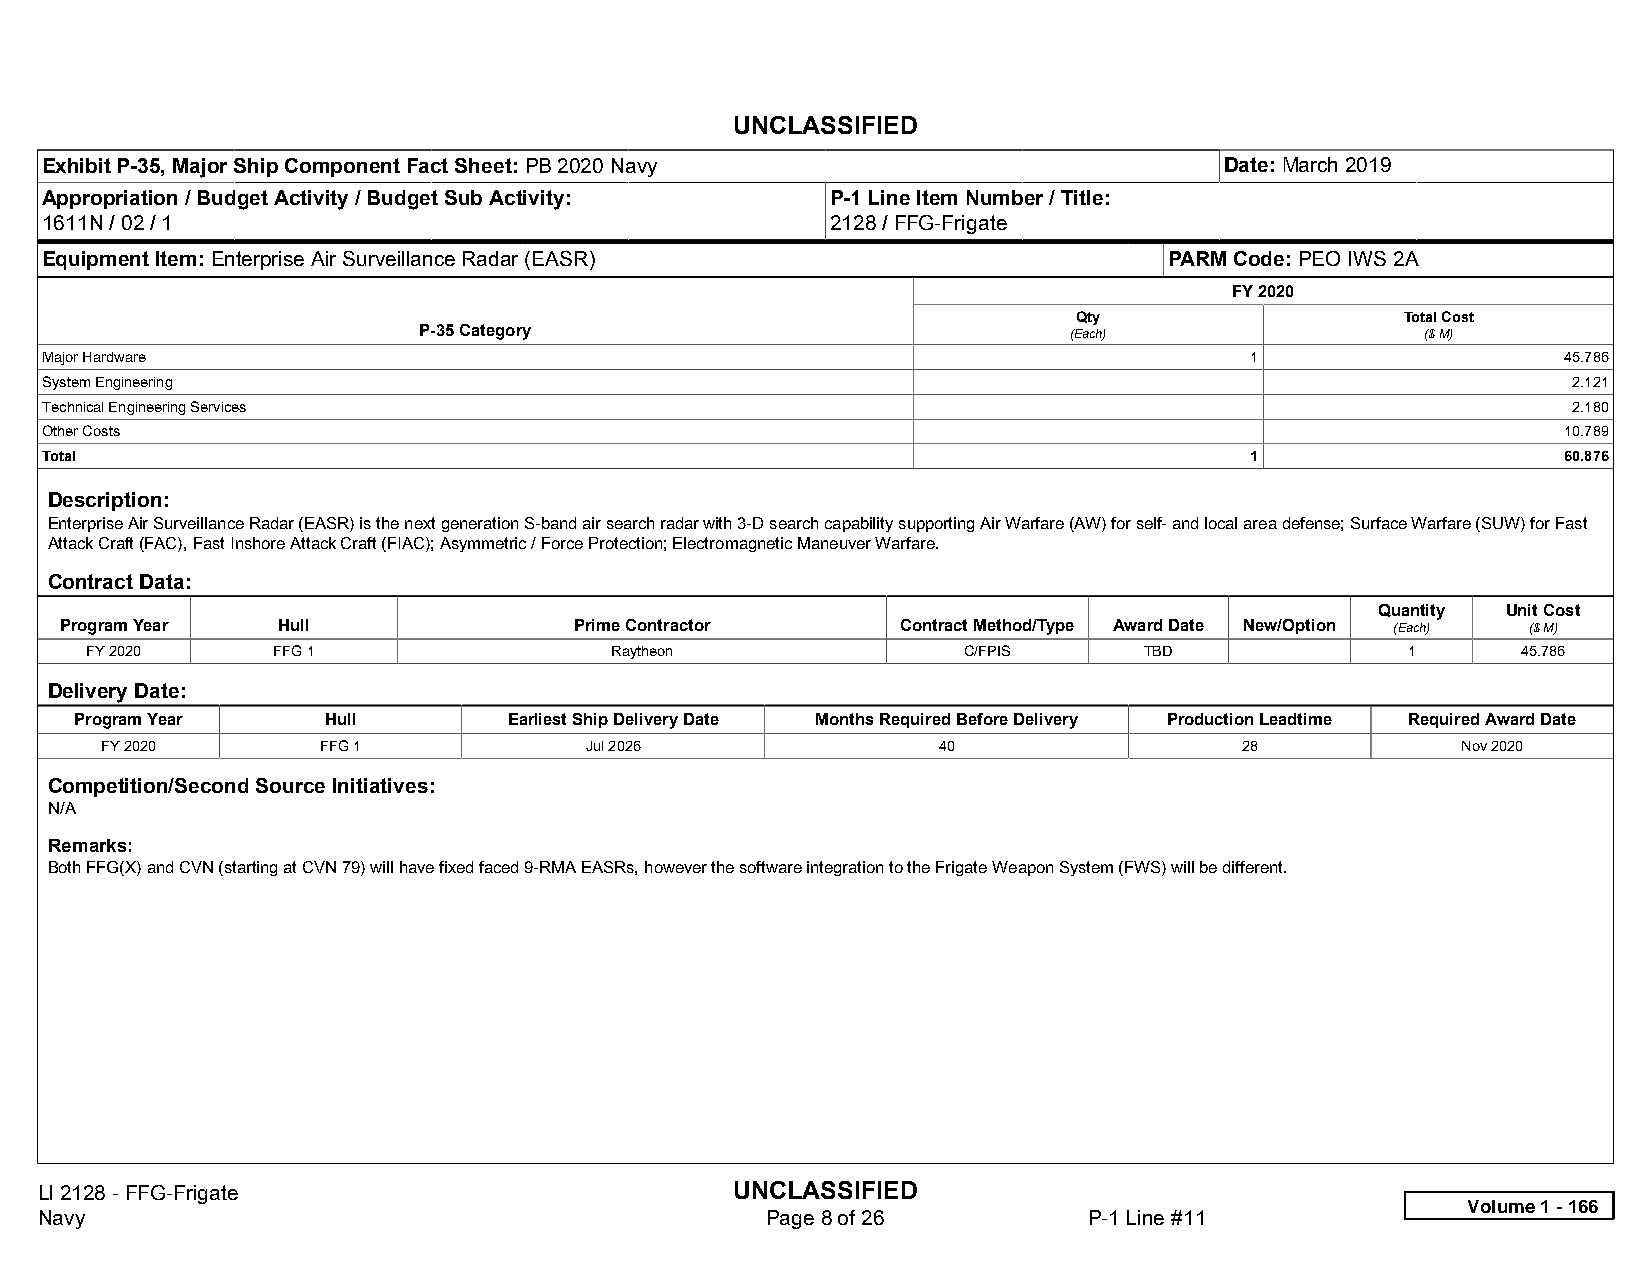
UNCLASSIFIED
 Exhibit P-35, Major Ship Component Fact Sheet: PB 2020 Navy                   Date: March 2019
 Appropriation / Budget Activity / Budget Sub Activity: P-1 Line Item Number / Title:
 1611N / 02 / 1                                      2128 / FFG-Frigate
 Equipment Item: Enterprise Air Surveillance Radar (EASR)                  PARM Code: PEO IWS 2A
 FY 2020
 Qty                   Total Cost
 P-35 Category                              (Each)                 ($ M)
 Major Hardware                                                                  1                   45.786
 System Engineering                                                                                   2.121
 Technical Engineering Services                                                                       2.180
 Other Costs                                                                                         10.789
 Total                                                                           1                   60.876
 Description:
 Enterprise Air Surveillance Radar (EASR) is the next generation S-band air search radar with 3-D search capability supporting Air Warfare (AW) for self- and local area defense; Surface Warfare (SUW) for Fast
 Attack Craft (FAC), Fast Inshore Attack Craft (FIAC); Asymmetric / Force Protection; Electromagnetic Maneuver Warfare.
 Contract Data:
 Quantity Unit Cost
 Program Year  Hull                Prime Contractor      Contract Method/Type Award Date New/Option (Each) ($ M)
 FY 2020     FFG 1                 Raytheon                C/FPIS      TBD              1       45.786
 Delivery Date:
 Program Year    Hull         Earliest Ship Delivery Date Months Required Before Delivery Production Leadtime Required Award Date
 FY 2020       FFG 1             Jul 2026               40                  28             Nov 2020
 Competition/Second Source Initiatives:
 N/A
 Remarks:
 Both FFG(X) and CVN (starting at CVN 79) will have fixed faced 9-RMA EASRs, however the software integration to the Frigate Weapon System (FWS) will be different.
 LI 2128 - FFG-Frigate                          UNCLASSIFIED
 Volume 1 - 166
 Navy                                             Page 8 of 26         P-1 Line #11